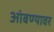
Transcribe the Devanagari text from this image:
आंबण्यावर